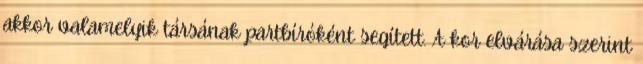
akkor valamelyik társának partbíróként segített. A kor elvárása szerint